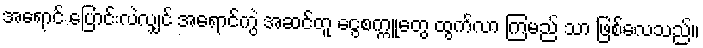
အရောင် ပြောင်းလဲလျှင် အရောင်ကွဲ အဆင်တူ ငွေစက္ကူတွေ ထွက်လာ ကြမည် သာ ဖြစ်လေသည်။